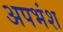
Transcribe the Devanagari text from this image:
अपभंश